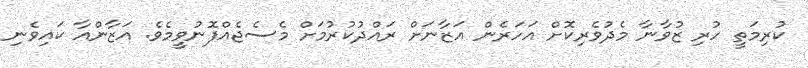
ކުރިމަތީ ހުރި ޒުވާނާ މެދުވެރިކޮށް އަހަރެން އަޒާނަށް ރައްދުކުރުމަށް މެސެޖެއްފޮނުވީމެވެ. އަޒާންއާ ކައިވެނި